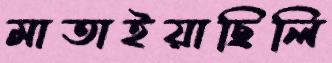
মাতাইয়াছিলি